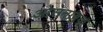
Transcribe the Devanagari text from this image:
ओसनाब्रुक